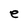
Character: e